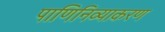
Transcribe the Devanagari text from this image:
पाणिनिव्याकरण